Riigikantselei, lk 8
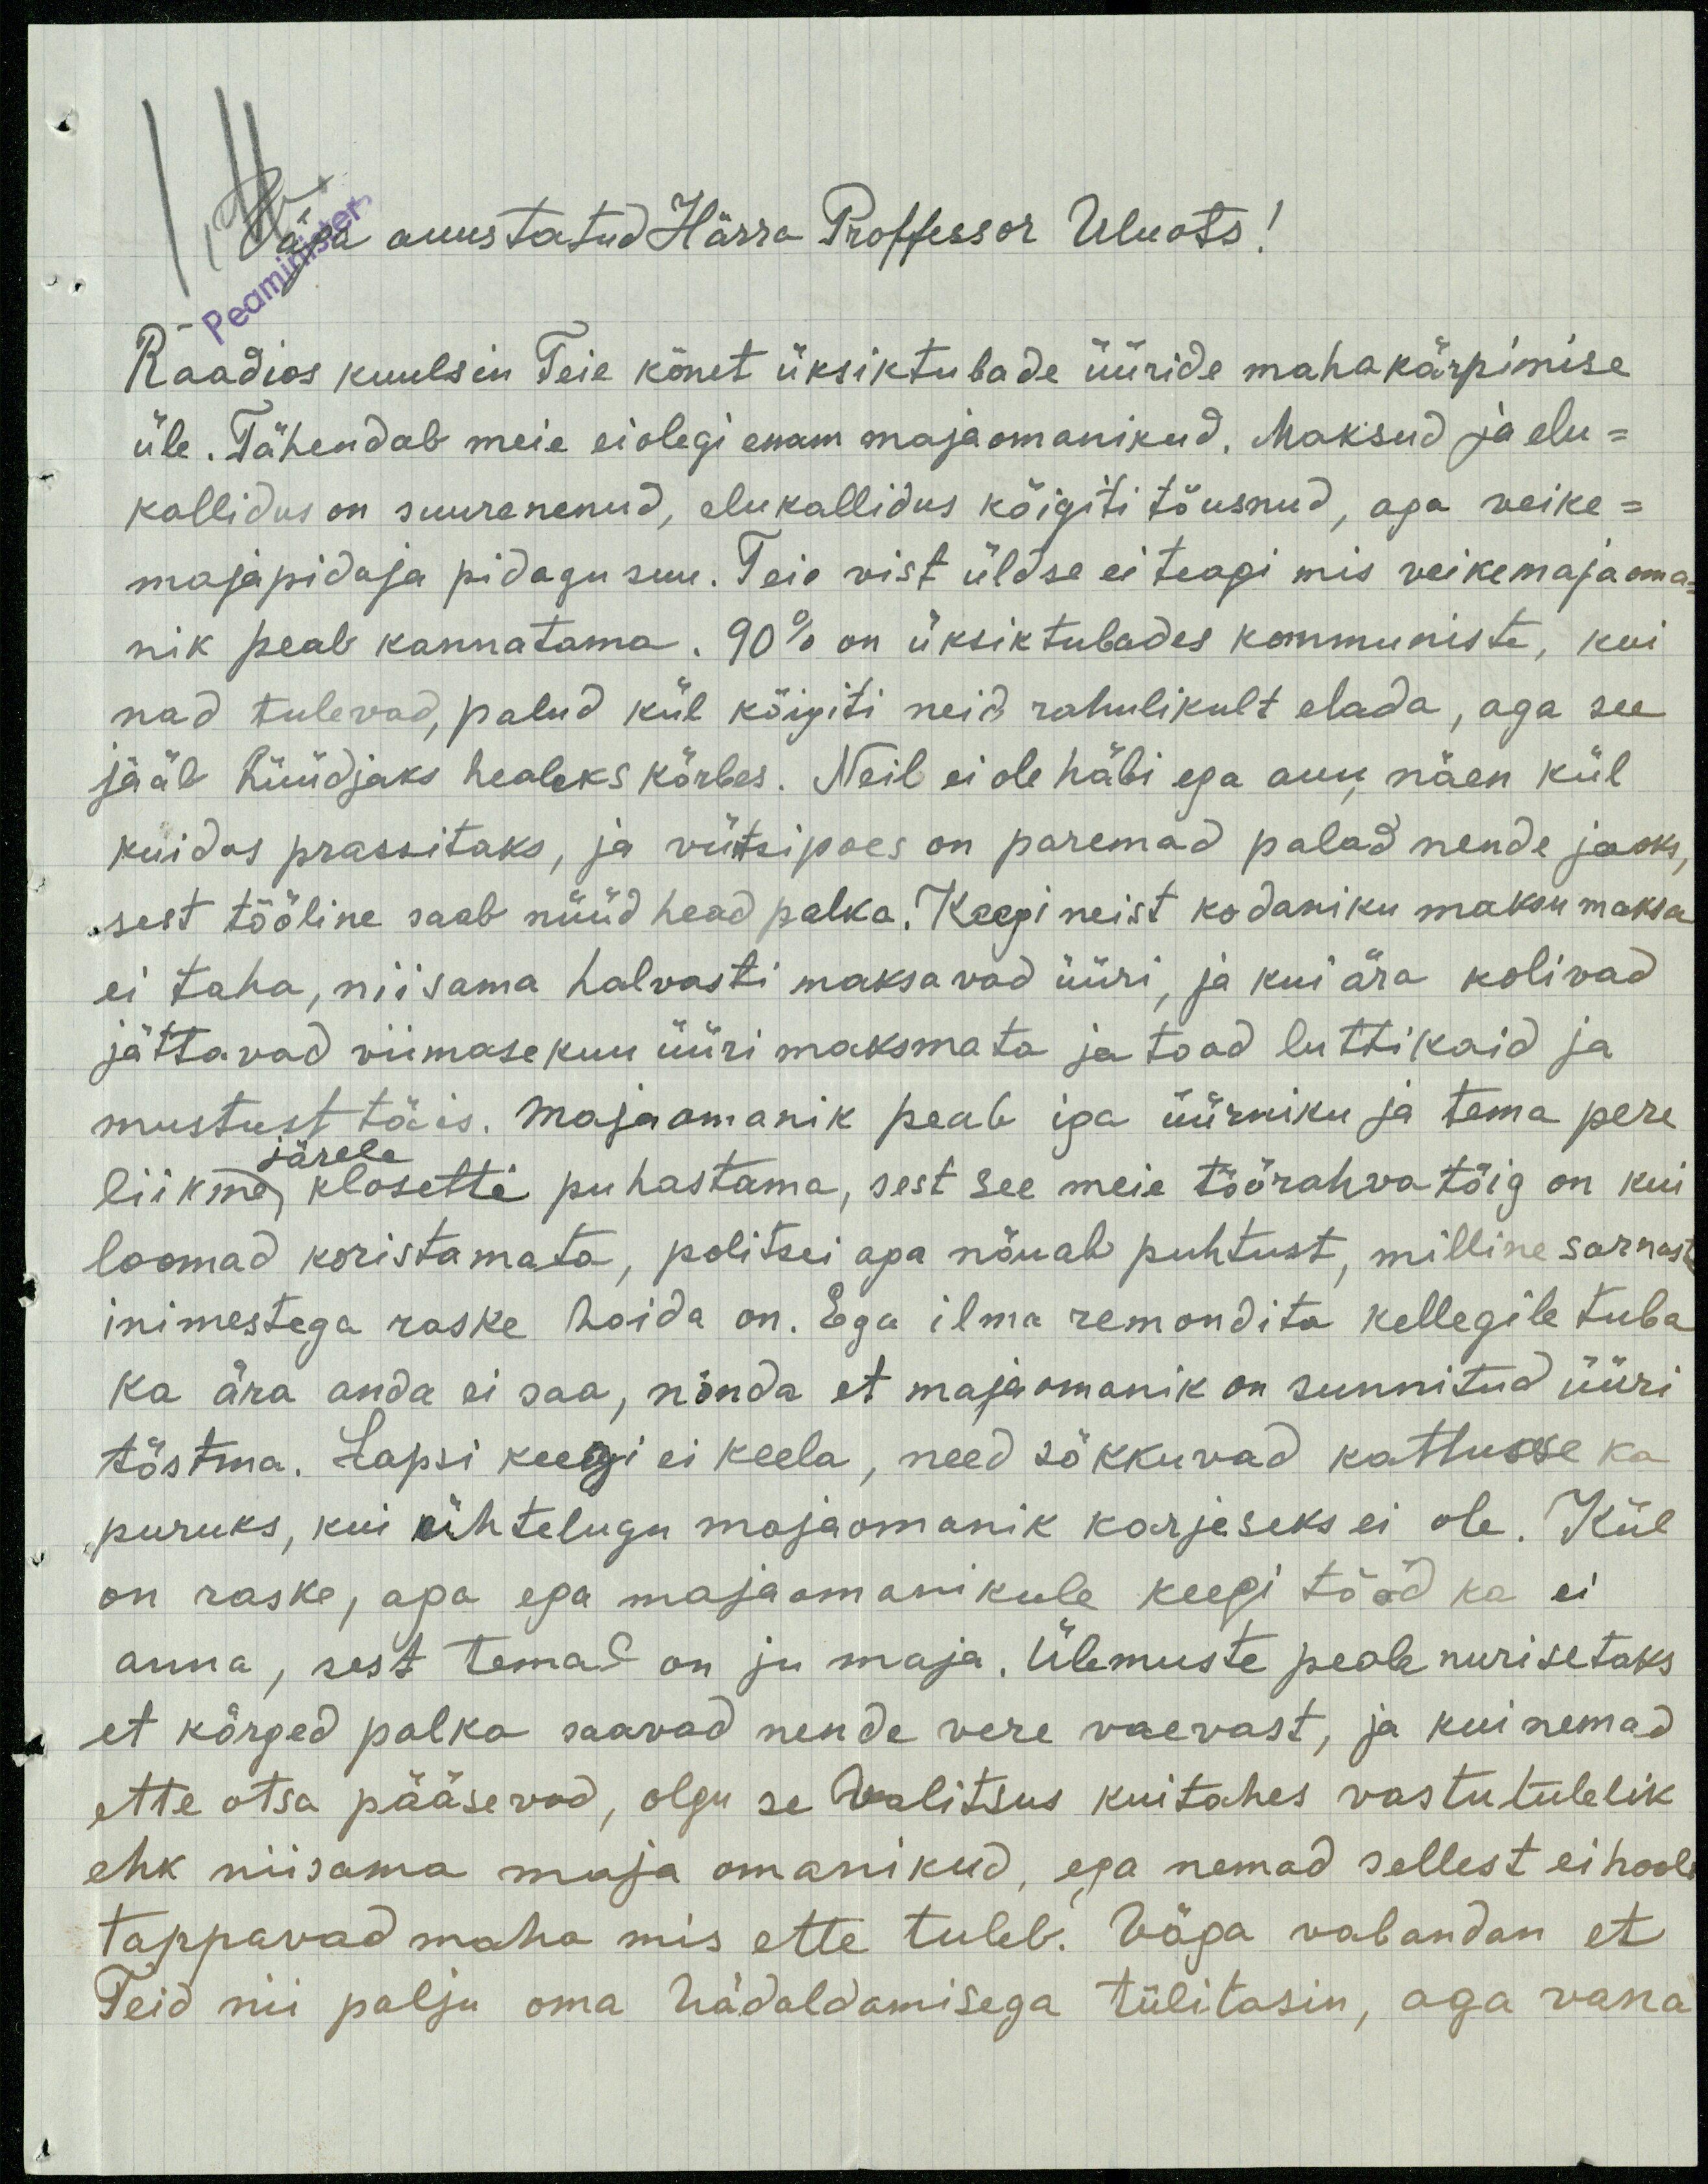
Väga auustatud Härra Proffessor Uluots!
Raadios kuulsin Teie kõnet üksiktubade üüride mahakärpimise
üle. Tähendab meie ei olegi enam majaomanikud. Maksud ja elu-
kallidus on suurenenud, elu kallidus kõigiti tõusnud, aga veike-
majapidaja pidagu suu. Teie vist üldse ei teagi mis veikemaja oma-
nik peab kannatama. 90% on üksiktubades kommuniste, kui
nad tulevad, palud kül kõigiti neid rahulikult elada, aga see
jääb hüüdjaks healeks kõrbes. Neil ei ole häbi ega auu, näen kül
kuidas praesitaks, ja vürtsipoes on paremad palad nende jaoks,
sest tööline saab nüüd head palka. Keegi neist kodaniku maksu maksa
ei taha, niisama halvasti maksavad üüri, ja kui ära kolivad
jättavad viimase kuu üüri maksmata ja toad luttikaid ja
mustust täis. Majaomanik peab iga üürniku ja tema pere
järele
liikme klosetti puhastama, sest see meie töörahva tõig on kui
loomad koristamata, politsei aga nõuab puhtust, milline sarnast
inimestega raske hoida on. Ega ilma remondita kellegile tuba
ka ära anda ei saa, nõnda et majaomanik on sunnitud üüri
tõstma. Lapsi keegi ei keela, need sõkkuvad kattusse ka
puruks, kui ühtelugu majaomanik karjaseks ei ole. Kül
on raske, apa ega majaomanikule keegi tööd ka ei
anna, sest temal on ju maja. Ülemuste peale nurisetaks
et kõrged palka saavad nende vere vaevast, ja kui nemad
ette otsa pääsevad, olgu se valitsus kuitahes vastutulelik
ehk niisama maja omanikud, ega nemad sellest ei hooli
tappavad maha mis ette tuleb. Väga vabandan et
Teid nii palju oma hädaldamisega tülitasin, aga vana